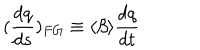
( \frac { d q } { d s } ) _ { F G } \equiv \langle \beta \rangle \frac { d q } { d t }